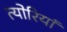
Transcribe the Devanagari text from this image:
त्योरियां